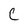
Character: C